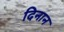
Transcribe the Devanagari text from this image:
दिनान